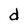
Character: d